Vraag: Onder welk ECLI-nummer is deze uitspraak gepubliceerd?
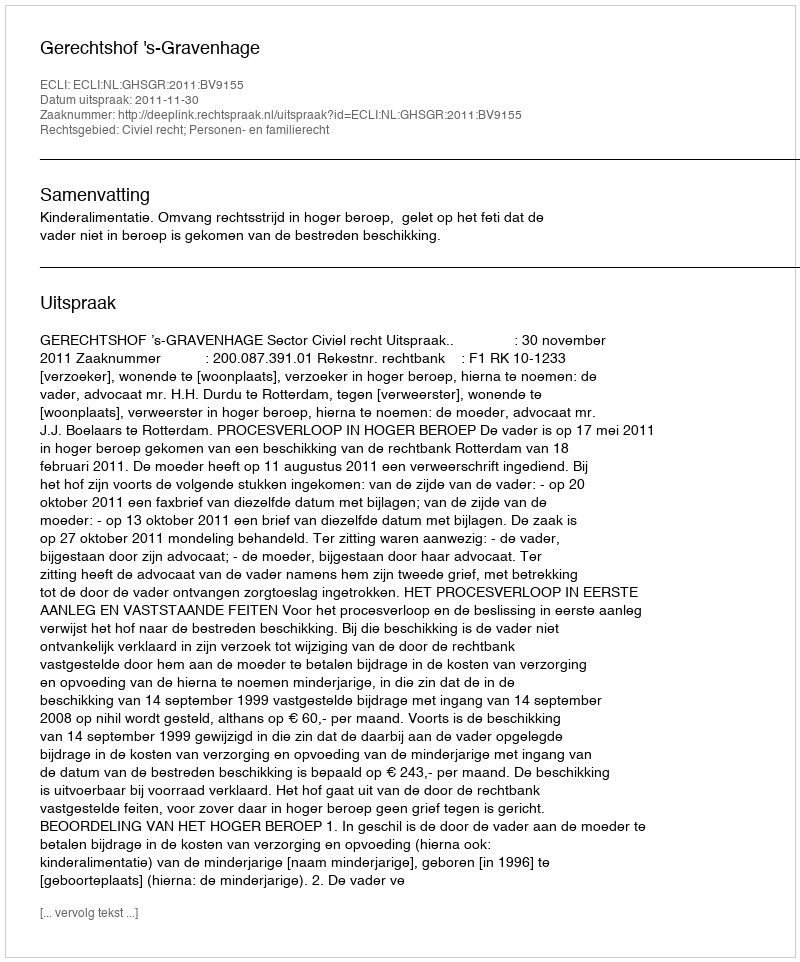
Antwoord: ECLI:NL:GHSGR:2011:BV9155